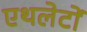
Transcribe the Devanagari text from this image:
एथलेटों